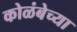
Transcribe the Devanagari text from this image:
कोळंबेच्या